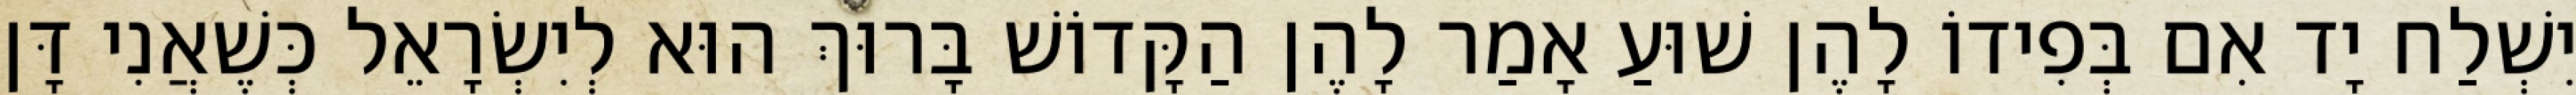
יִשְׁלַח יָד אִם בְּפִידוֹ לָהֶן שׁוּעַ אָמַר לָהֶן הַקָּדוֹשׁ בָּרוּךְ הוּא לְיִשְׂרָאֵל כְּשֶׁאֲנִי דָּן